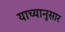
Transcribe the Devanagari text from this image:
याच्यानुसार